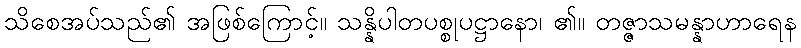
သိစေအပ်သည်၏ အဖြစ်ကြောင့်။ သန္နိပါတပစ္စုပဋ္ဌာနော၊ ၏။ တဇ္ဇာသမန္နာဟာရေန